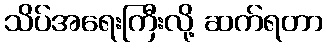
သိပ်အရေးကြီးလို့ ဆက်ရတာ